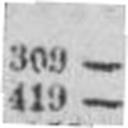
419 —